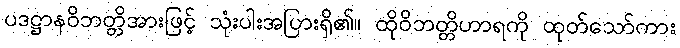
ပဒဋ္ဌာနဝိဘတ္တိအားဖြင့် သုံးပါးအပြားရှိ၏။ ထိုဝိဘတ္တိဟာရကို ထုတ်သော်ကား